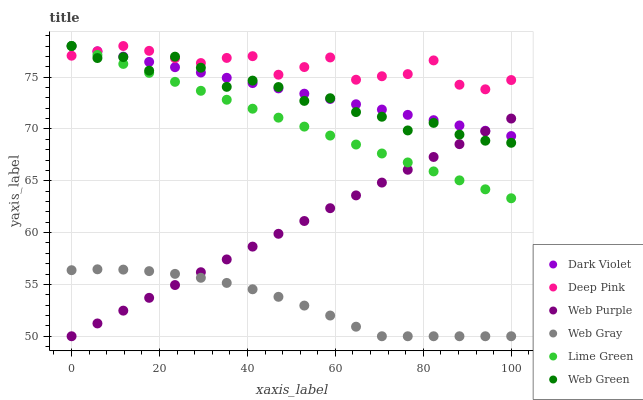
| xaxis_label | Dark Violet | Deep Pink | Web Purple | Web Gray | Lime Green | Web Green |
 | --- | --- | --- | --- | --- | --- | --- |
 | 0 | 78 | 77.1 | 50 | 56.4 | 78 | 78 |
 | 5.88 | 77.5 | 77.5 | 51.2 | 56.5 | 77.1 | 76.8 |
 | 11.8 | 77 | 78 | 52.5 | 56.4 | 76.3 | 76.9 |
 | 17.6 | 76.5 | 77.5 | 53.7 | 56.3 | 75.4 | 75.6 |
 | 23.5 | 76 | 76.8 | 54.9 | 56 | 74.5 | 77 |
 | 29.4 | 75.4 | 76.4 | 56.2 | 55.6 | 73.7 | 75.9 |
 | 35.3 | 74.9 | 76.9 | 57.4 | 55.1 | 72.8 | 74.1 |
 | 41.2 | 74.4 | 77 | 58.6 | 54.5 | 72 | 74.7 |
 | 47.1 | 73.9 | 75.2 | 59.9 | 53.8 | 71.1 | 74 |
 | 52.9 | 73.4 | 76 | 61.1 | 53 | 70.2 | 72.7 |
 | 58.8 | 72.9 | 76.9 | 62.4 | 52 | 69.4 | 73 |
 | 64.7 | 72.4 | 74.7 | 63.6 | 50.9 | 68.5 | 71.6 |
 | 70.6 | 71.9 | 75.1 | 64.8 | 50 | 67.6 | 71.2 |
 | 76.5 | 71.4 | 75.3 | 66.1 | 50 | 66.8 | 69.9 |
 | 82.4 | 70.8 | 76.6 | 67.3 | 50 | 65.9 | 70.6 |
 | 88.2 | 70.3 | 74.3 | 68.5 | 50 | 65 | 69.5 |
 | 94.1 | 69.8 | 73.8 | 69.8 | 50 | 64.2 | 68.9 |
 | 100 | 69.3 | 74.7 | 71 | 50 | 63.3 | 68.7 |